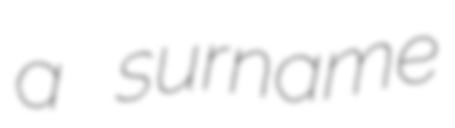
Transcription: a surname